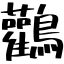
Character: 鸛